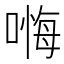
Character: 𱔁